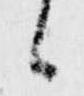
候